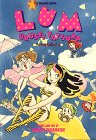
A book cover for Lum: Urusei Yatsura- Perfect Collection; Rumiko Takahashi; Comics & Graphic Novels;